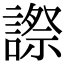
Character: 𧫕